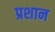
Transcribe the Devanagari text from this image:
प्रशान